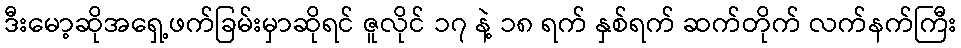
ဒီးမော့ဆိုအရှေ့ဖက်ခြမ်းမှာဆိုရင် ဇူလိုင် ၁၇ နဲ့ ၁၈ ရက် နှစ်ရက် ဆက်တိုက် လက်နက်ကြီး